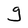
Character: g